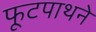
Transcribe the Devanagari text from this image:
फूटपाथने